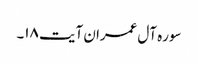
سوره آل‌ عمران آیت ۱۸۔